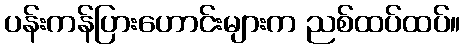
ပန်းကန်ပြားဟောင်းများက ညစ်ထပ်ထပ်။